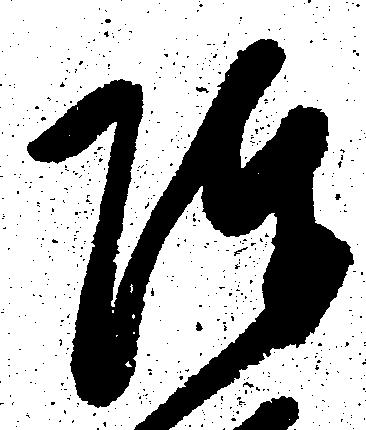
陣